Sanitation, dispensaries and jails vaccination Rajputana 1922-1927 - 1922-1927
Year: 1922
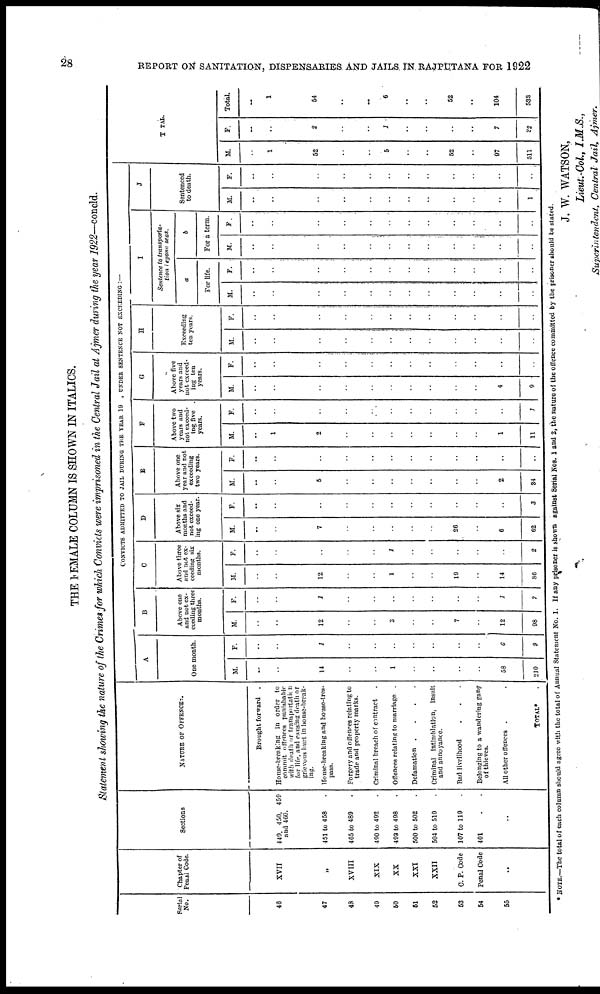
28
REPORT ON SANITATION, DISPENSARIES AND JAILS IN RAJPUTANA FOR 1922
THE FEMALE COLUMN IS SHOWN IN ITALICS.
Statement showing the nature of the Crimes for which Convicts were imprisoned in the Central Jail at Ajmer during the year 1922—concld.
Serial
No.
46
47
43
40
50
51
52
53
54
55
Chapter of
Penal Code.
XVII
„
XVIII
XIX
XX
XXI
XXII
C. P. Code
Penal Code
..
Sections
440, 450, 459
and 460.
451 to 458
465 to 489
490 to 492
493 to 498
500 to 502
504 to 510
107 to 110
401 . .
..
NATURE OF OFFENCES.
Brought forward
.
House-brenking in order to
commit offences punishable
with death or transportation
for life, and causing death or
grievous hurt in house-break-
ing.
House-breaking and house-tres-
pass.
Forgery and offences relating to
trade and property marks.
Criminal breach of contract .
Offences relating to marriage .
Defamation
....
Criminal Intimidation, Insult
and annoyance.
Bad livelihood . . .
Belonging to a wandering gang
of thieves.
All other offences . .
TOTAL* .
CONVICTS ADMITTED TO JAIL DOTING THE YEAR 19 , UNDER SENTENCE NOT EXCEEDING :—
A.
One month.
M.
..
..
14
..
..
1
..
..
..
..
58
210
F.
..
..
1
..
..
..
..
..
..
..
6
9
B
Above one
and not ex-
ceeding three
months.
M.
..
..
12
..
..
3
..
..
7
..
12
98
F.
..
..
1
..
..
..
..
..
..
..
1
7
C
Above three
and not ex-
ceeding six
months.
M.
..
..
12
..
..
1
..
..
10
..
14
86
F.
..
..
..
..
..
1
..
..
..
..
..
2
D
Above six
months and
not exceed-
ing one year.
M.
..
..
7
..
..
..
..
..
26
..
6
62
F.
..
..
..
..
..
..
..
..
..
..
3
E
Above one
year and not
exceeding
two years.
M.
..
..
5
..
..
..
..
..
..
..
2
34
F.
..
..
..
..
..
..
..
..
..
..
..
..
F
Above two
years and
not exceed-
ing, five
years.
M.
..
1
2
..
..
..
..
..
..
..
1
11
F.
..
..
..
..
..
..
..
..
..
..
..
1
G
Above five
years and
not exceed-
ing ten
years.
M.
..
..
..
..
..
..
..
..
..
..
4
9
F.
..
..
..
..
1
..
..
..
..
..
..
..
H
Exceeding
ten years.
M.
..
..
..
..
1
..
..
..
..
..
..
..
F.
..
..
..
1
..
..
..
..
..
..
..
..
I
Sentence to transporta-
tion beyond seas.
a
For life.
M.
..
..
..
..
..
..
..
..
..
..
..
..
F.
..
..
..
..
..
..
..
..
..
..
..
..
b
For a term.
M.
..
..
..
..
..
..
..
..
..
..
..
..
F.
..
..
..
..
..
..
..
..
..
..
..
..
J
Sentenced
to death.
M.
..
..
..
..
..
..
..
..
..
..
..
1
F.
..
..
..
..
..
..
..
..
..
..
..
TOTAL.
M.
..
1
52
..
..
5
..
..
52
..
97
511
F.
..
..
2
..
..
1
..
..
..
..
7
22
Total.
..
1
54
..
..
6
..
..
52
..
104
533
* NOTE.—The total of each column should agree with the total of Annual Statement No. 1. If any prisoner is shown against Serial Nos. 1 and 2, the nature of the offence committed by the prisoner should be stated.
J. W. WATSON,
Lieut.-Col., I.M.S.,
Superintendent,
Central Jail,
Ajmer.